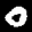
Label: 0